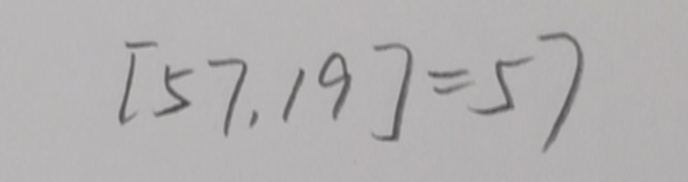
[ 5 7 , 1 9 ] = 5 7